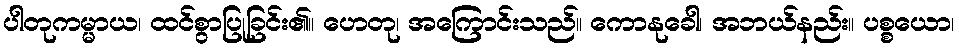
ပါတုကမ္မာယ၊ ထင်စွာပြုခြင်း၏။ ဟေတု၊ အကြောင်းသည်။ ကောနုခေါ၊ အဘယ်နည်း။ ပစ္စယော၊